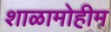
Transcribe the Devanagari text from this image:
शाळामोहीम